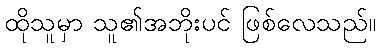
ထိုသူမှာ သူ၏အဘိုးပင် ဖြစ်လေသည်။